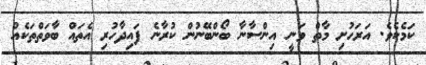
ކަމެކެވެ. އަރަހުށި މާތް ވަނީ އިންސާނާ ބޯންބޭނުން ކުރާނެ ފައިދާހުރި އެތައް ބާވަތްތަކެއް